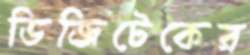
ডিজিটেকের